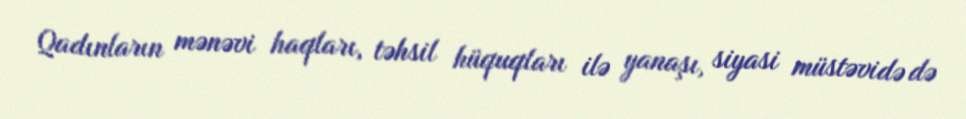
Qadınların mənəvi haqları, təhsil hüquqları ilə yanaşı, siyasi müstəvidə də